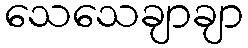
သေသေချာချာ